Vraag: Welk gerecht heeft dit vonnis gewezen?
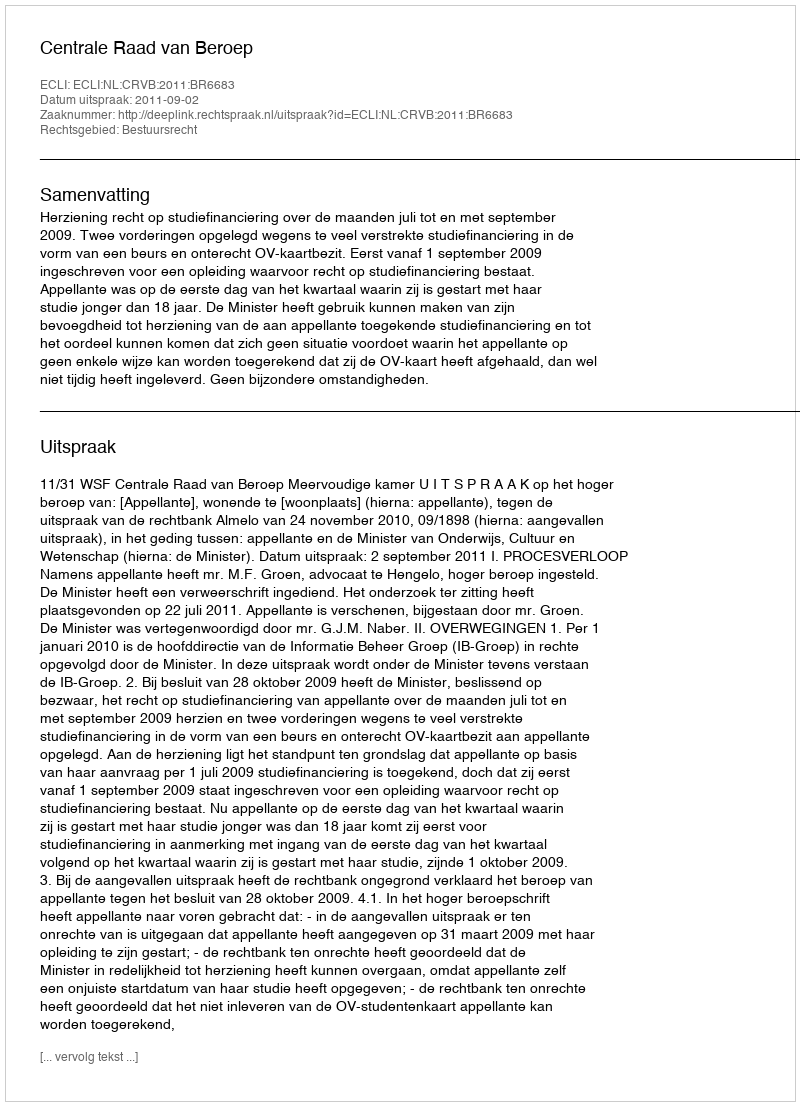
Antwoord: Centrale Raad van Beroep